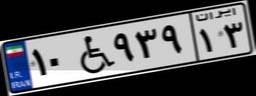
۱۵W۰۳۱۸۰